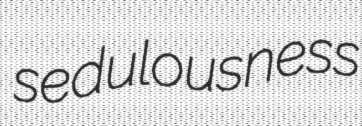
sedulousness